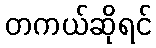
တကယ်ဆိုရင်